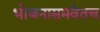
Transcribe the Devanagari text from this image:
भोजनासमवेतच